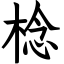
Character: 棯